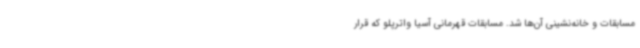
مسابقات و خانه‌نشینی آن‌ها شد. مسابقات قهرمانی آسیا واترپلو که قرار